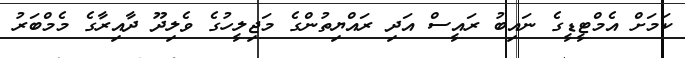
ކަމަށް އެމްޓީޑީގެ ނައިބު ރައީސް އަދި ރައްޔިތުންގެ މަޖިލީހުގެ ވެލިދޫ ދާއިރާގެ މެމްބަރު